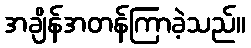
အချိန်အတန်ကြာခဲ့သည်။